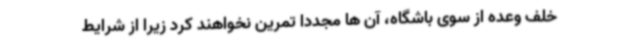
خلف وعده از سوی باشگاه، آن ها مجددا تمرین نخواهند کرد زیرا از شرایط